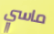
ماسي